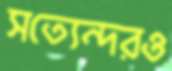
সত্যেন্দরও